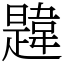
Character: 韙